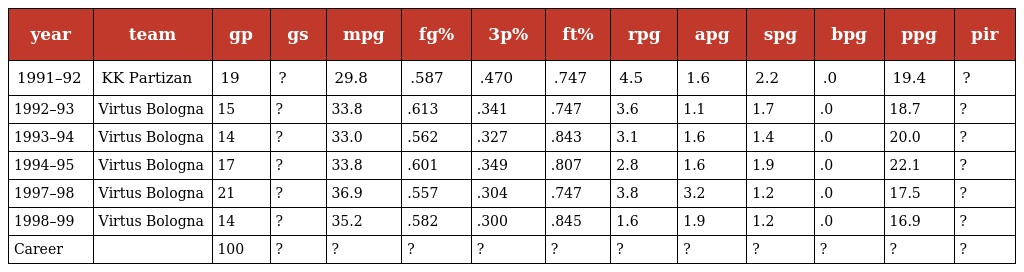
| year | team | gp | gs | mpg | fg% | 3p% | ft% | rpg | apg | spg | bpg | ppg | pir |
 | --- | --- | --- | --- | --- | --- | --- | --- | --- | --- | --- | --- | --- | --- |
 | 1991–92 | KK Partizan | 19 | ? | 29.8 | .587 | .470 | .747 | 4.5 | 1.6 | 2.2 | .0 | 19.4 | ? |
 | 1992–93 | Virtus Bologna | 15 | ? | 33.8 | .613 | .341 | .747 | 3.6 | 1.1 | 1.7 | .0 | 18.7 | ? |
 | 1993–94 | Virtus Bologna | 14 | ? | 33.0 | .562 | .327 | .843 | 3.1 | 1.6 | 1.4 | .0 | 20.0 | ? |
 | 1994–95 | Virtus Bologna | 17 | ? | 33.8 | .601 | .349 | .807 | 2.8 | 1.6 | 1.9 | .0 | 22.1 | ? |
 | 1997–98 | Virtus Bologna | 21 | ? | 36.9 | .557 | .304 | .747 | 3.8 | 3.2 | 1.2 | .0 | 17.5 | ? |
 | 1998–99 | Virtus Bologna | 14 | ? | 35.2 | .582 | .300 | .845 | 1.6 | 1.9 | 1.2 | .0 | 16.9 | ? |
 | Career |  | 100 | ? | ? | ? | ? | ? | ? | ? | ? | ? | ? | ? |